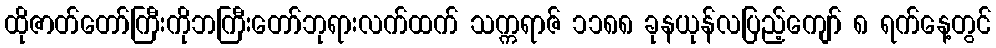
ထိုဇာတ်တော်ကြီးကိုဘကြီးတော်ဘုရားလက်ထက် သက္ကရာဇ် ၁၁၈၈ ခုနယုန်လပြည့်ကျော် ၈ ရက်နေ့တွင်